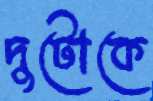
দুটোকে